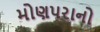
મોણપરાનો